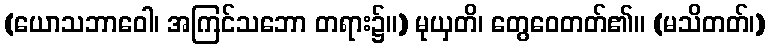
(ယောသဘာဝေါ၊ အကြင်သဘော တရား၌။) မုယှတိ၊ တွေဝေတတ်၏။ (မသိတတ်၊)